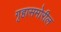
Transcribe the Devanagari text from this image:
गृहासमोरील